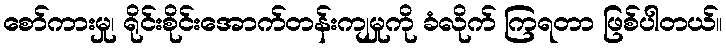
စော်ကားမှု၊ ရိုင်းစိုင်းအောက်တန်းကျမှုကို ခံလိုက် ကြရတာ ဖြစ်ပါတယ်။